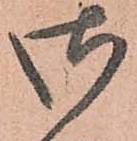
御